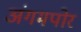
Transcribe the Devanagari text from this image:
अंगमपोर